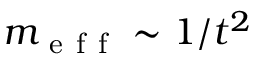
m _ { \mathrm { ~ e ~ f ~ f ~ } } \sim 1 / t ^ { 2 }